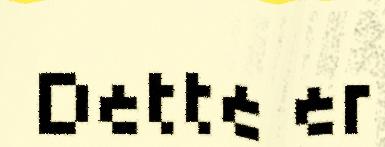
Dette er